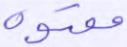
معتوه